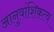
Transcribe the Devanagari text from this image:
आनुवांशिकत्व